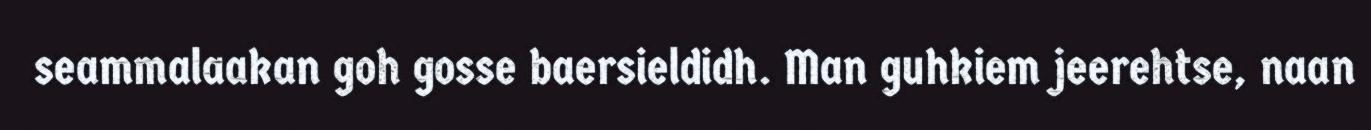
seammalaakan goh gosse baersieldidh. Man guhkiem jeerehtse, naan